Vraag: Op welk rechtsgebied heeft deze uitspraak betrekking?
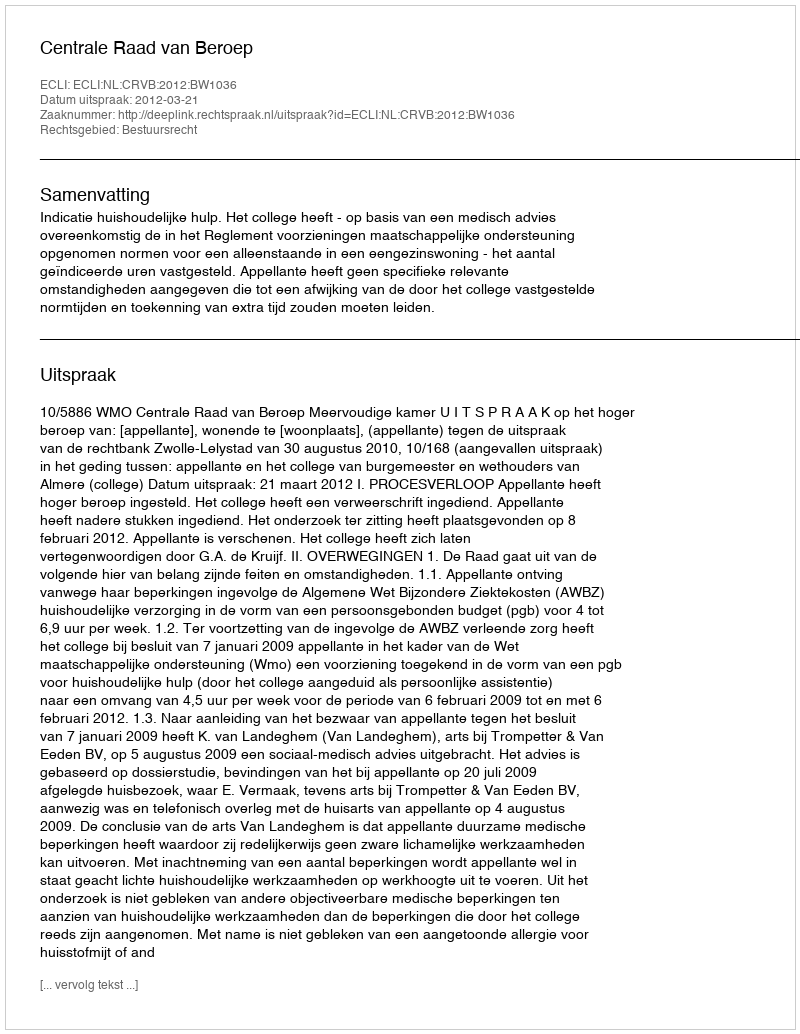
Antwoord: Bestuursrecht